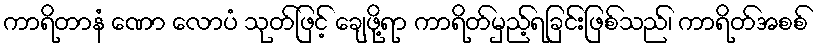
ကာရိတာနံ ဏော လောပံ သုတ်ဖြင့် ချေဖို့ရာ ကာရိတ်မှည့်ရခြင်းဖြစ်သည်၊ ကာရိတ်အစစ်